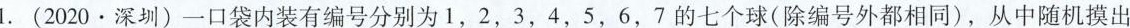
1.(2020·深圳)一口袋内装有编号分别为1，2，3，4，5，6，7的七个球(除编号外都相同)，从中随机摸出